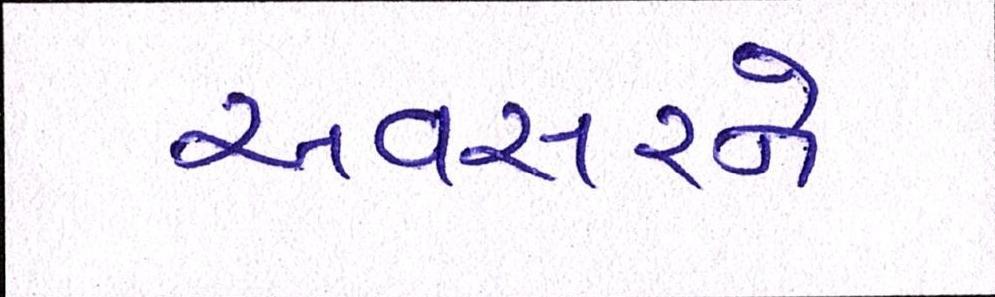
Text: અવસરને